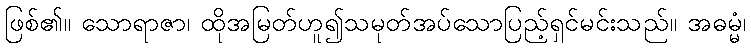
ဖြစ်၏။ သောရာဇာ၊ ထိုအမြတ်ဟူ၍သမုတ်အပ်သောပြည့်ရှင်မင်းသည်။ အဓမ္မံ၊